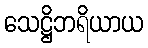
သေဋ္ဌိဘရိယာယ